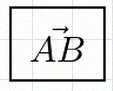
\vec{AB}